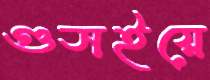
গুসইয়ে